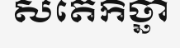
សតេកិច្ឆា